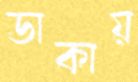
ডাকায়